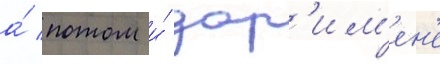
а́ потом и́ дор'им'ен'е